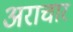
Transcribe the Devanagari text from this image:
अराचार